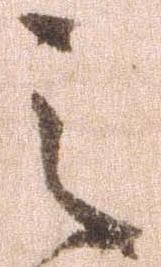
之